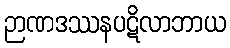
ဉာဏဒဿနပဋိလာဘာယ